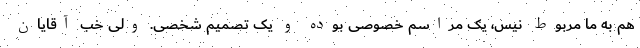
هم به ما مربوط نیس، یک مراسم خصوصی بوده و یک تصمیم شخصی. ولی خب آقایان